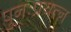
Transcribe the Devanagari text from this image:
पुनःप्रयत्न